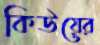
কিউয়ের